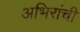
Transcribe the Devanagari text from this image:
अभिरांची